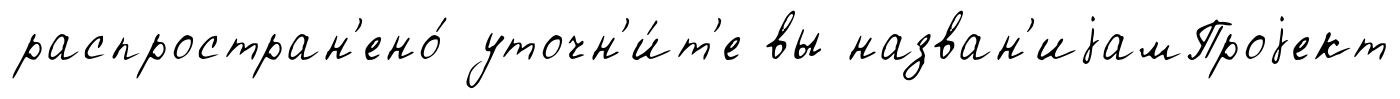
распростран'ено́ уточн'и́т'е вы назван'иjамПроjект